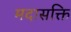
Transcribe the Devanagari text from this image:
मदासक्ति